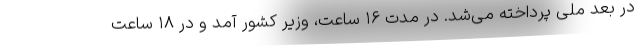
در بعد ملی پرداخته می‌شد. در مدت ۱۶ ساعت، وزیر کشور آمد و در ۱۸ ساعت